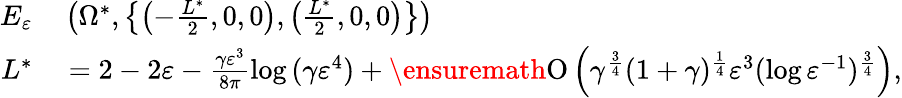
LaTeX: \begin{array}{rl}{E_{\varepsilon}}&{{}\left(\Omega^{\ast},\left\{ \left(-\frac{L^{\ast}}{2},0,0\right),\left(\frac{L^{\ast}}{2},0,0\right)\right\} \right)}\\ {L^{\ast}}&{{}=2-2\varepsilon-\frac{\gamma\varepsilon^{3}}{8\pi}\log{(\gamma\varepsilon^{4})}+\ensuremath{\operatorname{O}\left(\gamma^{\frac{3}{4}}(1+\gamma)^{\frac{1}{4}}\varepsilon^{3}(\log{\varepsilon^{-1}})^{\frac{3}{4}}\right)},}\end{array}